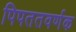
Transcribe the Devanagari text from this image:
पिपततवर्णक